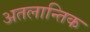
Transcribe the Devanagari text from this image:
अतलान्तिक